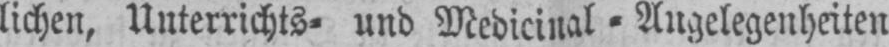
lichen, Unterrichts⸗ und Medicinal⸗Angelegenheiten